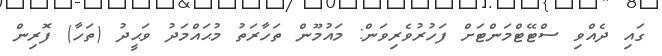
ގައި ދެއްވި ސްޓޭޓްމަންޓަށް ފަހުރުވެރިވަން: މައުމޫން ތަހާރަތު މުޙައްމަދު ވަޙީދު (ތަހާ) ފޮރިން